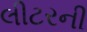
લીટરની